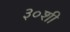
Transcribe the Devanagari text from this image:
३०शी